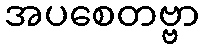
အပစေတဗ္ဗာ